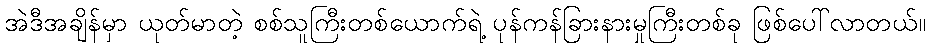
အဲဒီအချိန်မှာ ယုတ်မာတဲ့ စစ်သူကြီးတစ်ယောက်ရဲ့ ပုန်ကန်ခြားနားမှုကြီးတစ်ခု ဖြစ်ပေါ်လာတယ်။